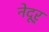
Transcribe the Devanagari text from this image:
नेदूर्